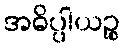
အဓိပ္ပါယဉ္စ